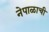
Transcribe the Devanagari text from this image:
नेपाळाची